38_143685_box7_Incident_Summaries_1-100
Agency: Department of War
Page 142
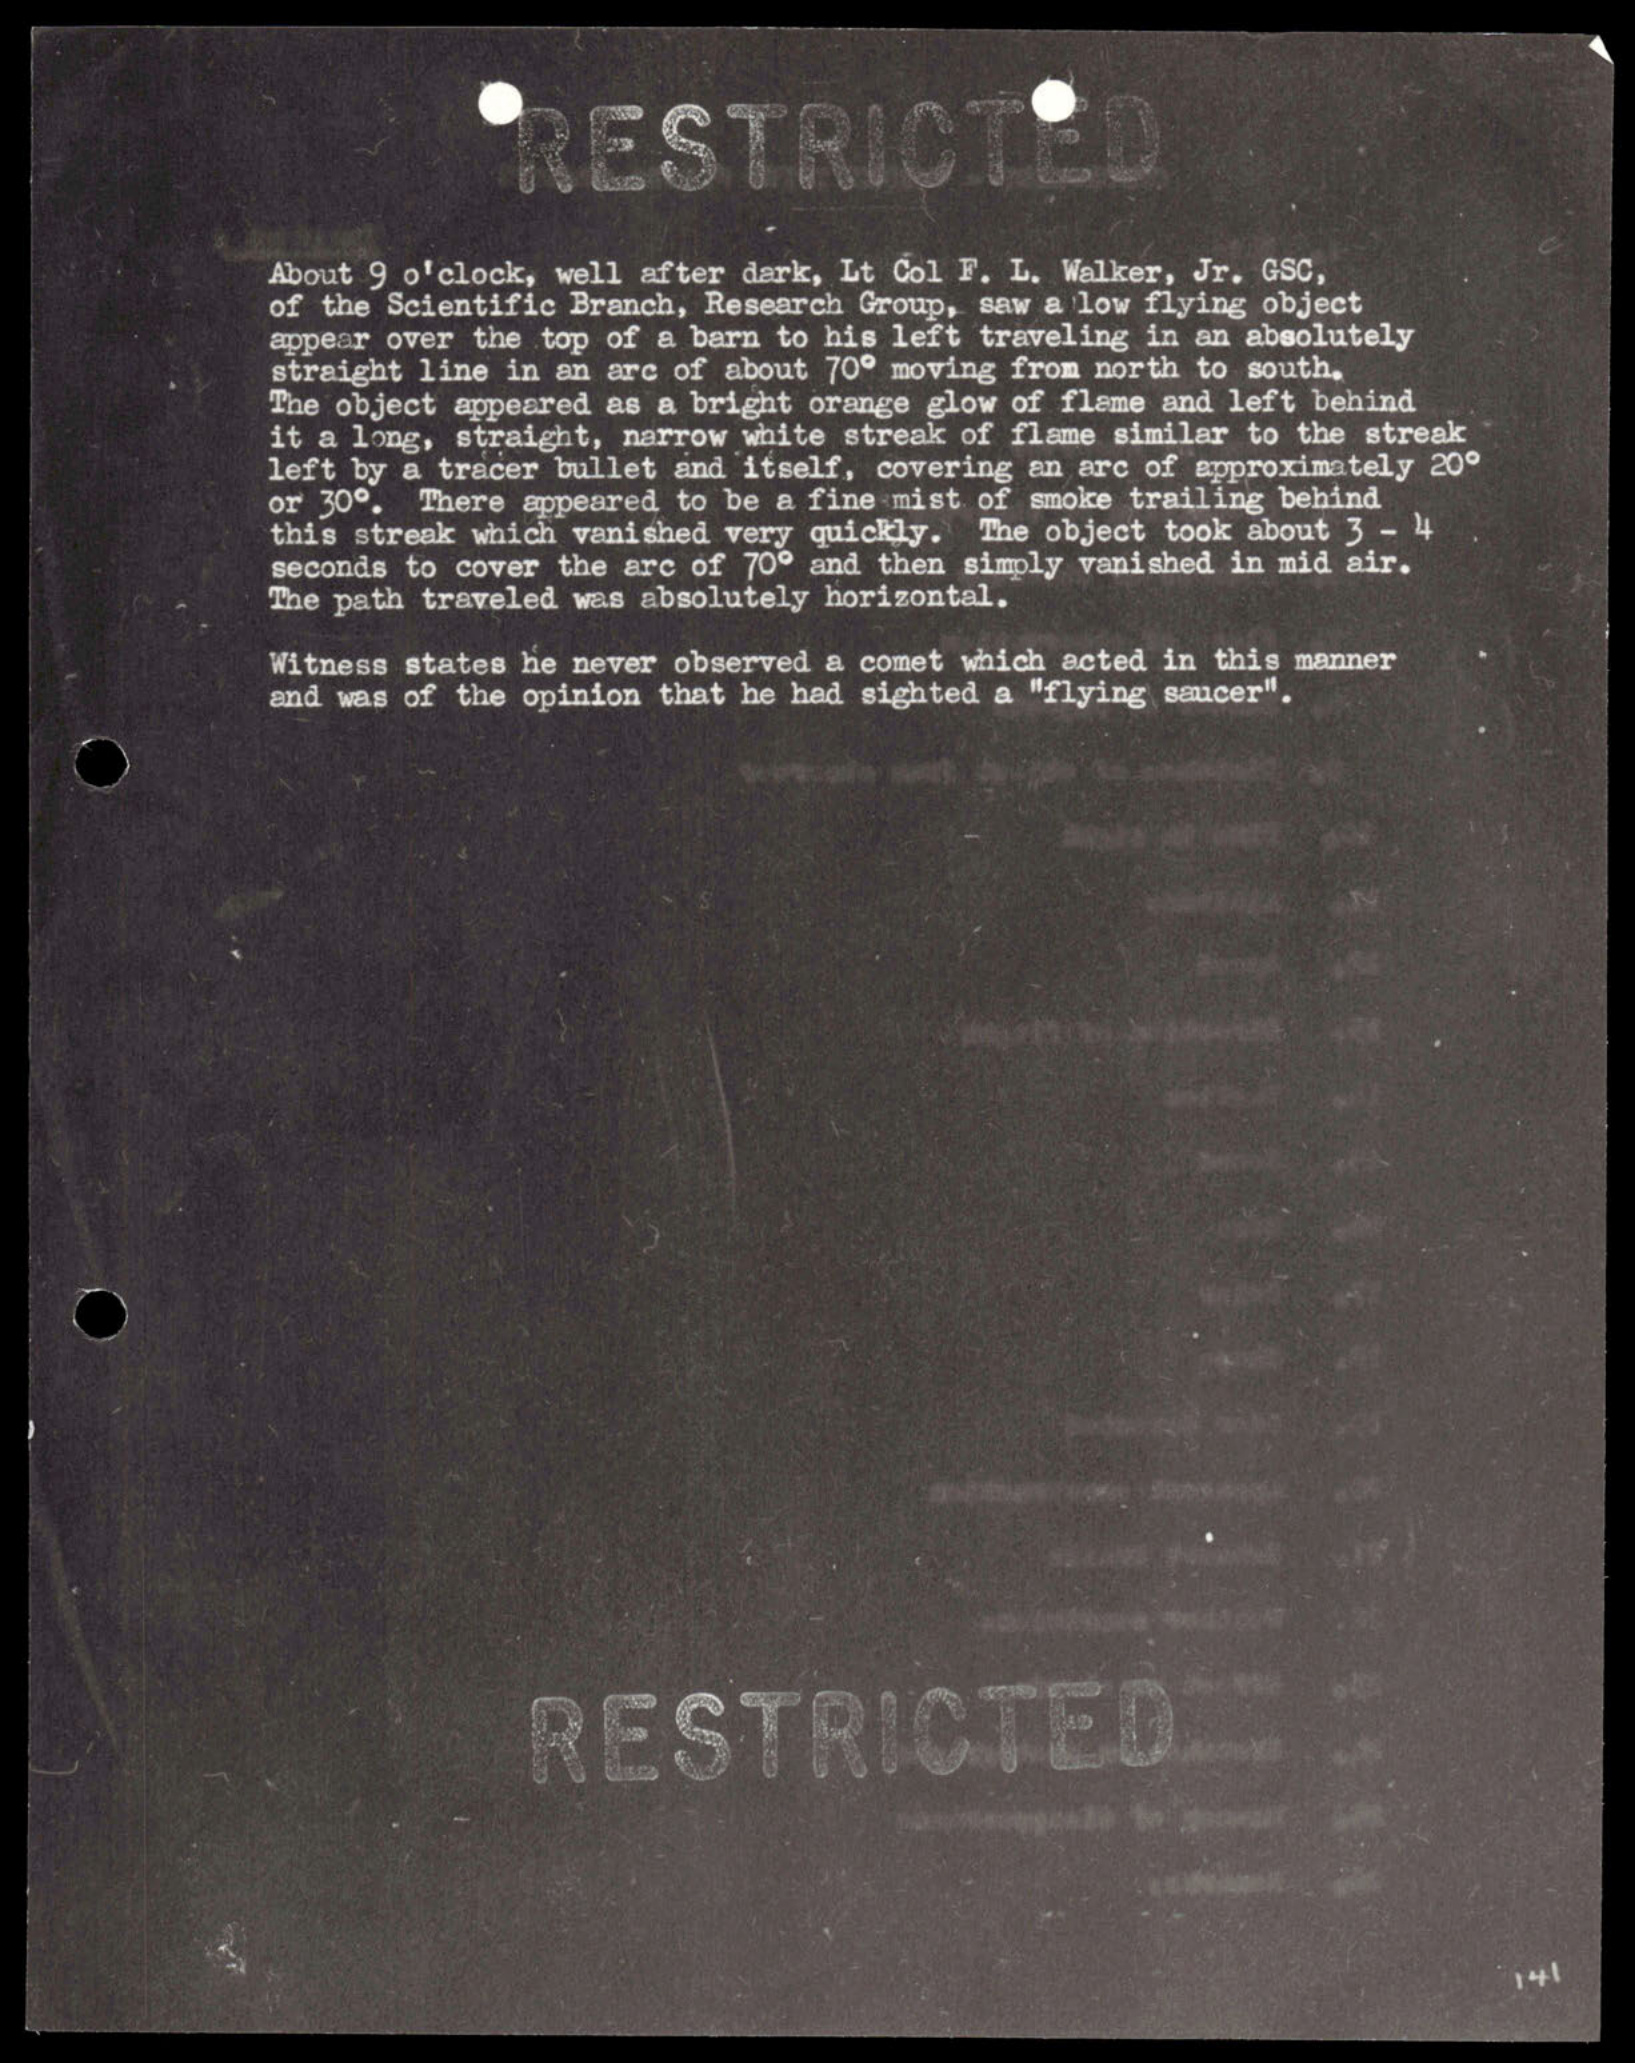